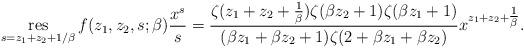
LaTeX: \begin{align*} \mathop {\operatorname{res} }\limits_{s = z_1 + z_2 + 1/\beta } f(z_1,z_2,s;\beta )\frac{{{x^s}}}{s} = \frac{{\zeta (z_1 + z_2 + \tfrac{1}{\beta })\zeta (\beta z_2 + 1)\zeta (\beta z_1 + 1)}}{{(\beta z_1 + \beta z_2 + 1)\zeta (2 + \beta z_1 + \beta z_2)}}{x^{z_1 + z_2 + \tfrac{1}{\beta }}}.\end{align*}